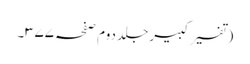
(تفسیر کبیر جلد دوم صفحہ ۳۷۷۔